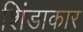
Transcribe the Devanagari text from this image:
शिंडाकार